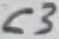
Text: C3